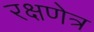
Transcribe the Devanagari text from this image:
रक्षणेत्र